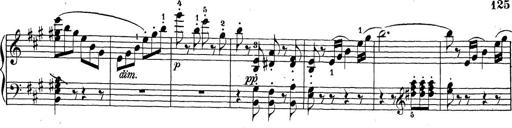
Title: Sonatina Album
Composer: Louis KÃ¶hler